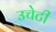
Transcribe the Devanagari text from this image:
उचेटी